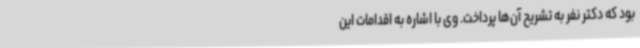
بود که دکتر نفر به تشریح آن‌ها پرداخت. وی با اشاره به اقدامات این